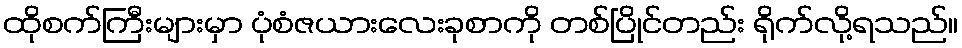
ထိုစက်ကြီးများမှာ ပုံစံဇယားလေးခုစာကို တစ်ပြိုင်တည်း ရိုက်လို့ရသည်။